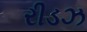
રીડઝ